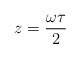
\begin{align*}z = {{\omega \tau} \over {2}}\end{align*}